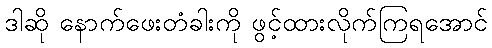
ဒါဆို နောက်ဖေးတံခါးကို ဖွင့်ထားလိုက်ကြရအောင်